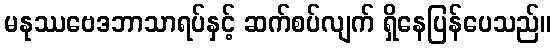
မနုဿဗေဒဘာသာရပ်နှင့် ဆက်စပ်လျက် ရှိနေပြန်ပေသည်။